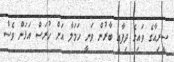
ސީރިއާގެ ވައިގެ ދިފާއީ ބާރުން ވަނީ ހަމަލާ އަށް ހުރަސް އަޅަން ވެސް